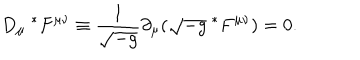
D _ { \mu } ~ ^ { * } F ^ { \mu \nu } \equiv \frac { 1 } { \sqrt { - g } } \partial _ { \mu } ( \sqrt { - g } ~ ^ { * } F ^ { \mu \nu } ) = 0 .